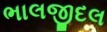
ભાલજીદલ